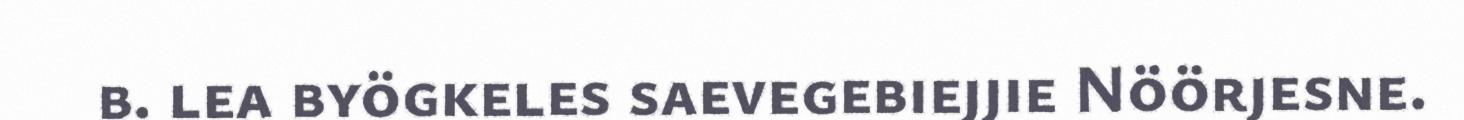
b. lea byögkeles saevegebiejjie Nöörjesne.